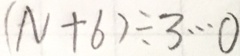
( N + 6 ) \div 3 \cdots 0